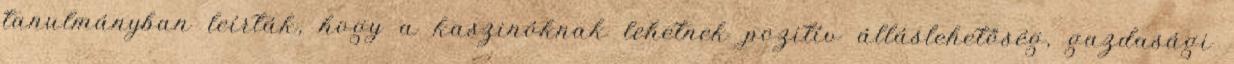
tanulmányban leírták, hogy a kaszinóknak lehetnek pozitív álláslehetőség, gazdasági